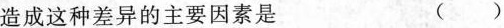
造成这种差异的主要因素是 ()